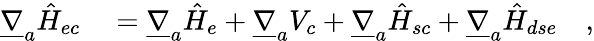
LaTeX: \begin{array}{rl}{\underline{{\nabla}}_{a}\hat{H}_{ec}}&{{}=\underline{{\nabla}}_{a}\hat{H}_{e}+\underline{{\nabla}}_{a}V_{c}+\underline{{\nabla}}_{a}\hat{H}_{sc}+\underline{{\nabla}}_{a}\hat{H}_{dse}\quad,}\end{array}